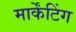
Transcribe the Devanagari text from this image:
मार्केंटिंग